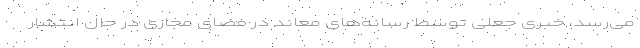
می‌رسد، خبری جعلی توسط رسانه‌های معاند در فضای مجازی در حال انتشار